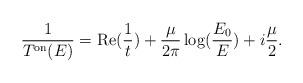
LaTeX: \begin{align*}\frac{1}{T^{\rm on}(E)}=\mbox{Re}(\frac{1}{t}) + \frac{\mu}{2 \pi}\log(\frac{E_0}{E})+ i \frac{\mu}{2}.\end{align*}